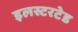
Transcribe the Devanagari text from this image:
इलस्टरटेड